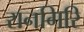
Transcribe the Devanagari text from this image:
रानगिरि